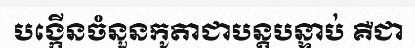
បង្កើនចំនួនកូតាជាបន្តបន្ទាប់ គឺជា